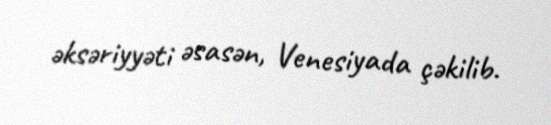
əksəriyyəti əsasən, Venesiyada çəkilib.